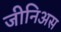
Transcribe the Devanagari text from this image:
जीनिअस